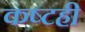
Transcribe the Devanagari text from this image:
कष्टही